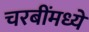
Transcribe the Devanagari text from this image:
चरबींमध्ये